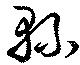
県